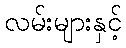
လမ်းများနှင့်